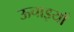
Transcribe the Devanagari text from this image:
ऊचाइयाँ